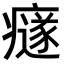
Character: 𤻄